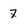
Character: 7